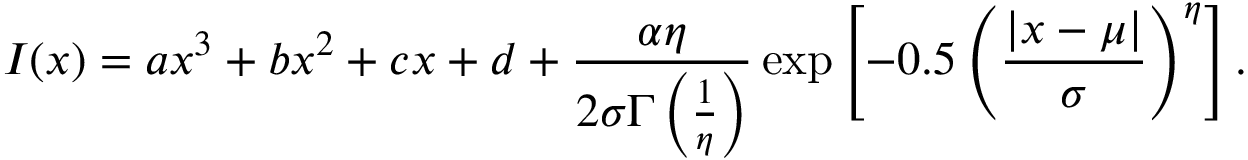
I ( x ) = a x ^ { 3 } + b x ^ { 2 } + c x + d + \frac { \alpha \eta } { 2 \sigma \Gamma \left( \frac { 1 } { \eta } \right) } \exp \left[ - 0 . 5 \left( \frac { | x - \mu | } { \sigma } \right) ^ { \eta } \right] .